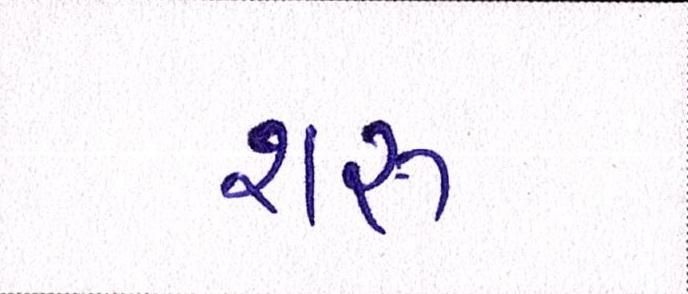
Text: શરૂ